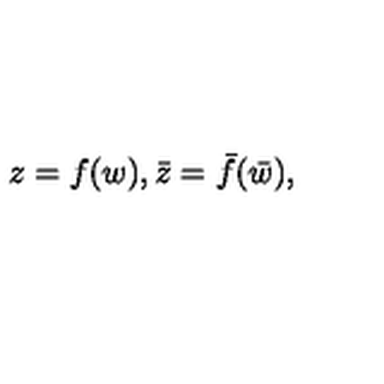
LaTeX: z = f ( w ) , \bar { z } = \bar { f } ( \bar { w } ) ,